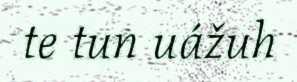
te tun uážuh